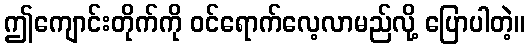
ဤကျောင်းတိုက်ကို ဝင်ရောက်လေ့လာမည်လို့ ပြောပါတဲ့။